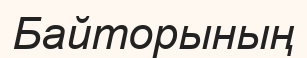
Байторының